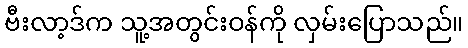
ဗီးလာ့ဒ်က သူ့အတွင်းဝန်ကို လှမ်းပြောသည်။